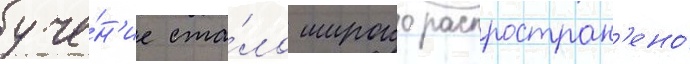
уче́н'ие ста́ло широко распростран'ено́